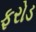
ફરોડ